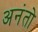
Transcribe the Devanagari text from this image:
अनंतो